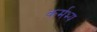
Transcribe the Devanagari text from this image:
कर्मभ्य